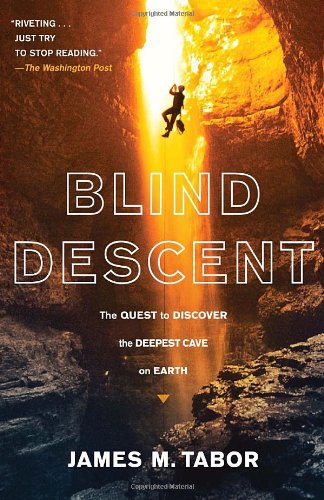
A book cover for Blind Descent: The Quest to Discover the Deepest Cave on Earth; James M. Tabor; Sports & Outdoors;